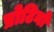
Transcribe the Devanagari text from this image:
प्रोटिनों